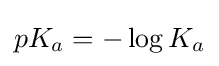
pK_{a}=-\log K_{a}